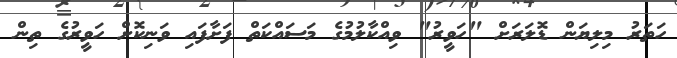
ހަތަރު މިލިޔަން ޑޮލަރަށް "ހަވީރު" ވިއްކާލުމުގެ މަސައްކަތް ފަށާފައި ވަނިކޮށް ހަވީރުގެ ތިން